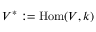
V ^ { * } : = \operatorname { H o m } ( V , k )